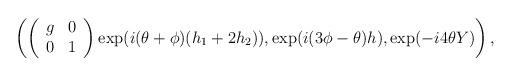
LaTeX: \begin{align*}\left(\left( \begin{array}{cc}g & 0 \\0 & 1\end{array} \right)\exp(i (\theta + \phi ) (h_1 +2 h_2) ) ,\exp(i (3 \phi - \theta ) h) ,\exp(- i 4 \theta Y)\right),\end{align*}